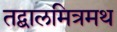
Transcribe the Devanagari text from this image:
तद्बालमित्रमथ